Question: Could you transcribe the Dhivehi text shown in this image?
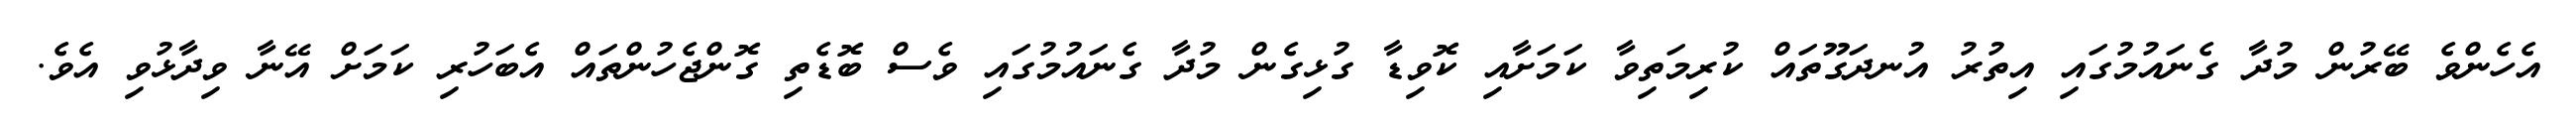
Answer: އެހެންވެ ބޭރުން މުދާ ގެނައުމުގައި އިތުރު އުނދަގޫތައް ކުރިމަތިވާ ކަމަށާއި ކޮވިޑާ ގުޅިގެން މުދާ ގެނައުމުގައި ވެސް ބޮޑެތި ގޮންޖެހުންތައް އެބަހުރި ކަމަށް އޭނާ ވިދާޅުވި އެވެ.